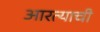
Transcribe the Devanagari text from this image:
आरत्याची